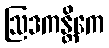
ဩဒကန္တိကေ